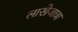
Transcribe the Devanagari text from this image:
लाखेजात्रा